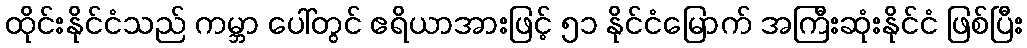
ထိုင်းနိုင်ငံသည် ကမ္ဘာ ပေါ်တွင် ဧရိယာအားဖြင့် ၅၁ နိုင်ငံမြောက် အကြီးဆုံးနိုင်ငံ ဖြစ်ပြီး